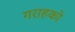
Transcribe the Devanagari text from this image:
गराहको